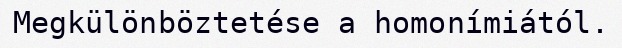
Megkülönböztetése a homonímiától.